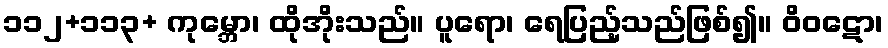
၁၁၂+၁၁၃+ ကုမ္ဘော၊ ထိုအိုးသည်။ ပူရော၊ ရေပြည့်သည်ဖြစ်၍။ ဝိဝဋော၊